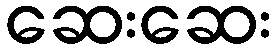
ဆေးဆေး